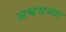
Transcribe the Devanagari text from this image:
अश्वसज्जा